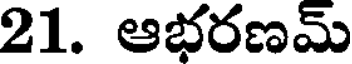
21. ఆభరణమ్